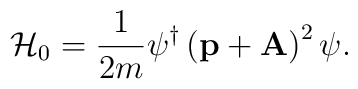
{\cal H}_0 = { 1\over 2m} \psi^\dag \left ({\rm\bf p} + {\rm\bf A} \right )^2 \psi.